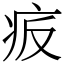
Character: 㽹